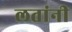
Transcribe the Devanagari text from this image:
लतांनी